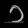
Digit: ၁